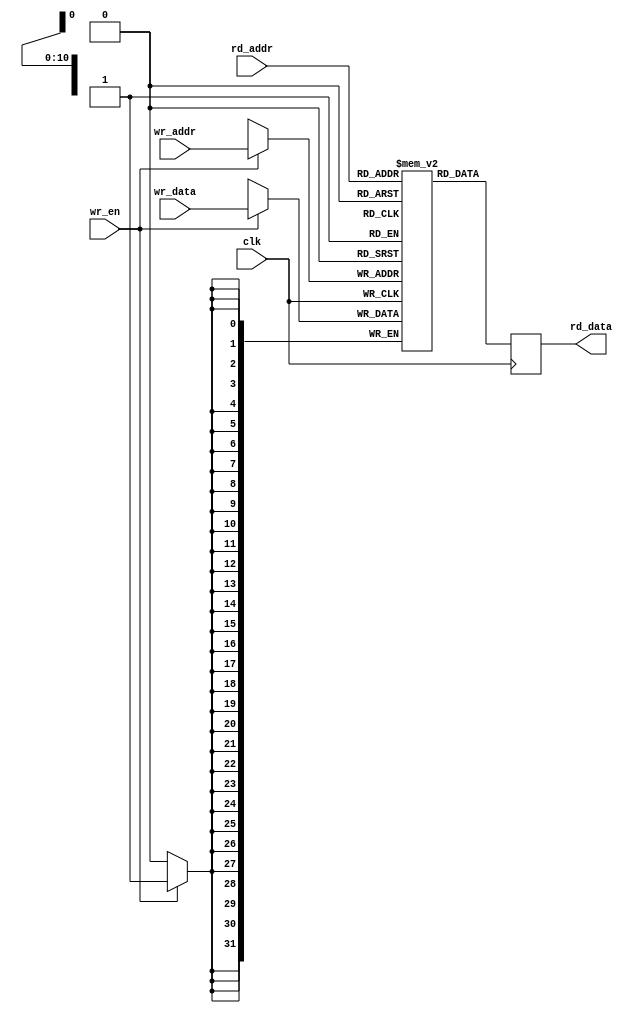
`timescale 1ns / 1ps
//////////////////////////////////////////////////////////////////////////////////
// Company: 
// Engineer: 
// 
// Design Name: 
// Module Name: block_memory
// Project Name: 
// Target Devices: 
// Tool Versions: 
// Description: 
// 
// Dependencies: 
// 
// Revision:
// Revision 0.01 - File Created
// Additional Comments:
// 
//////////////////////////////////////////////////////////////////////////////////


module block_memory
#(
  parameter ADDR_WIDTH = 11,
  parameter DATA_WIDTH = 32
)
(
  input wire clk,
  input wire [ADDR_WIDTH-1:0] rd_addr,
  input wire [ADDR_WIDTH-1:0] wr_addr,
  input wire [DATA_WIDTH-1:0] wr_data,
  input wire wr_en,
  output reg [DATA_WIDTH-1:0] rd_data
);

reg [DATA_WIDTH-1:0] mem [0:(2**ADDR_WIDTH)-1];
always @(posedge clk) begin
  if (wr_en) mem[wr_addr] <= wr_data;
  rd_data <= mem[rd_addr];
end

endmodule